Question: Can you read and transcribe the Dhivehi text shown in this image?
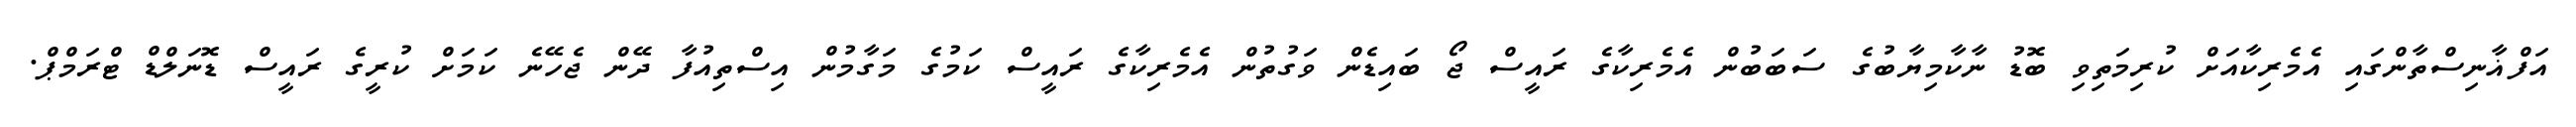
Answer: އަފްޣާނިސްތާންގައި އެމެރިކާއަށް ކުރިމަތިވި ބޮޑު ނާކާމިޔާބުގެ ސަބަބުން އެމެރިކާގެ ރައީސް ޖޯ ބައިޑެން ވަގުތުން އެމެރިކާގެ ރައީސް ކަމުގެ މަގާމުން އިސްތިއުފާ ދޭން ޖެހޭނެ ކަމަށް ކުރީގެ ރައީސް ޑޮނަލްޑް ޓްރަމްޕް.